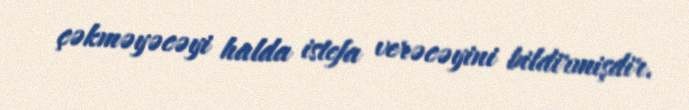
çəkməyəcəyi halda istefa verəcəyini bildirmişdir.